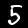
Digit: 5